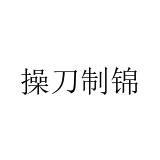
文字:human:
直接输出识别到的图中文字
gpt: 操刀制锦